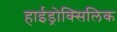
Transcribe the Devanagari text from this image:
हाईड्रोक्सिलिक